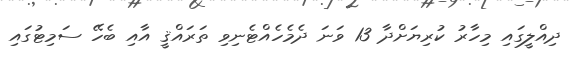
ދިއްލީގައި މިހާރު ކުރިޔަށްދާ 13 ވަނަ ދެމެހެއްޓެނިވި ތަރައްޤީ އާއި ބެހޭ ސަމިޓުގައި